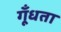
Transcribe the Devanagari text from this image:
गूँधता